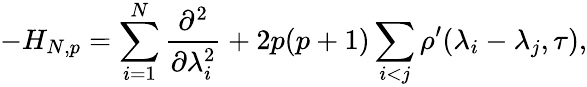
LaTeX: -H_{N,p}=\sum_{i=1}^{N}\frac{\partial^{2}}{\partial\lambda_{i}^{2}}+2p(p+1)\sum_{i<j}\rho^{\prime}(\lambda_{i}-\lambda_{j},\tau),